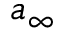
a _ { \infty }